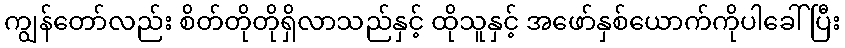
ကျွန်တော်လည်း စိတ်တိုတိုရှိလာသည်နှင့် ထိုသူနှင့် အဖော်နှစ်ယောက်ကိုပါခေါ်ပြီး